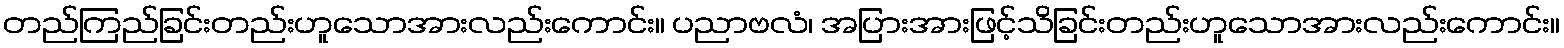
တည်ကြည်ခြင်းတည်းဟူသောအားလည်းကောင်း။ ပညာဗလံ၊ အပြားအားဖြင့်သိခြင်းတည်းဟူသောအားလည်းကောင်း။